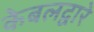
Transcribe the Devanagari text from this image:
केबलद्वारे